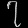
Digit: ၇